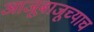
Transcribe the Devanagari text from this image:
आजूबाजूच्याच